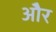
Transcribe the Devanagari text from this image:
ओेैर